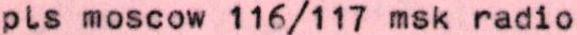
pls moscow 116/117 msk radio